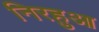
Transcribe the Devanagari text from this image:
निरहुआ